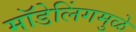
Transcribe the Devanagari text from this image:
मॉडेलिंगमुळे